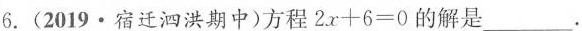
6.(2019·宿迁泗洪期中)方程$$2x+6=0$$的解是___.